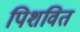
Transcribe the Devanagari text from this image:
पिशवित